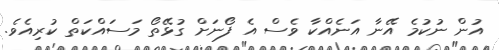
އުން ނުކުމެ އޭނާ އަނެއްކާ ވެސް އެ ފޯނަށް ގުޅޭތޯ މަސައްކަތް ކުރިއެވެ.